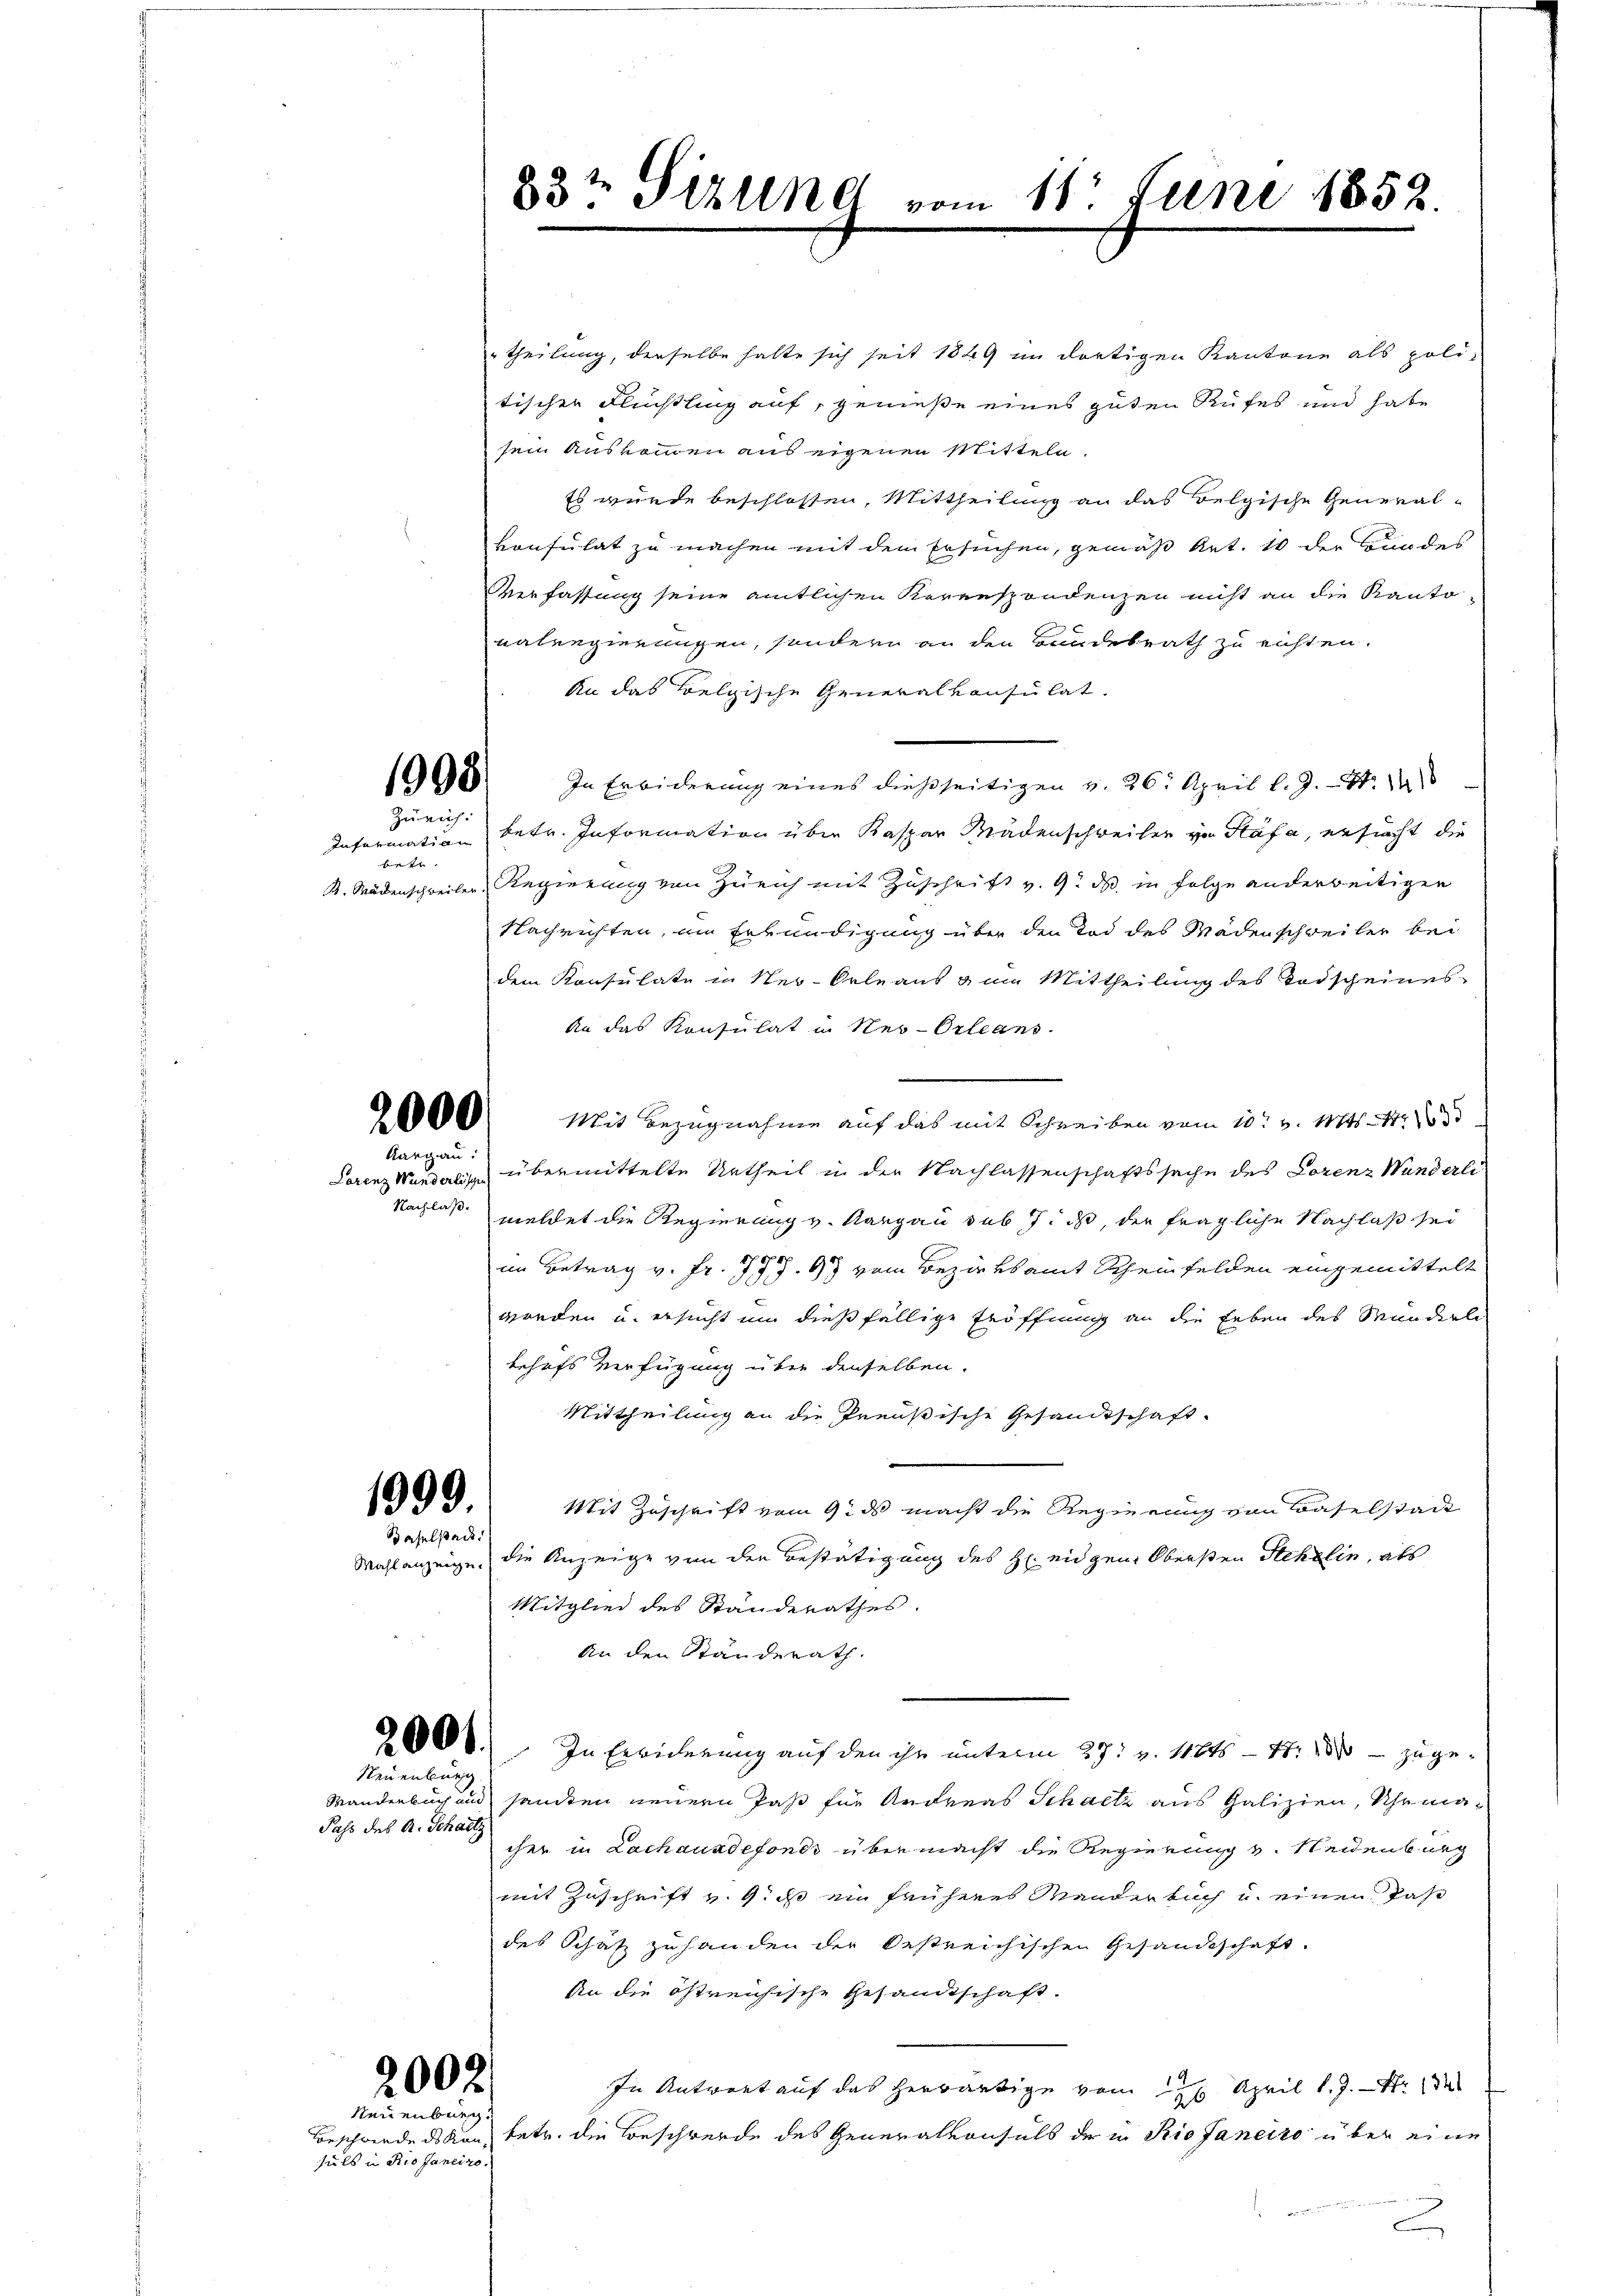
Zürich:

be

Aargau:

Nachlaß.

1999
Baselstadt.

imlung

Pass des A. Schatz

2002.
Neuenburg

hils in Rio Janeiro

83t Sizung vom 11. Juni 1852.

theilung, derselbe halte sich seit 1849 im dortigen Kantone als poli-
tischen Flüchtling auf, genieße eines guten Rufes und habe
sein Auskommen aus eigenen Mitteln.
Es wurde beschlossen, Mittheilung an das Belgische General-
konsulat zu machen mit dem Ersuchen, gemäß Art. 10 der Bundes
Verfassung seine amtlichen Kerrespondenzen nicht an die Kanto-
valregierungen, sondern an den Bundesrath zu richten.
An das Belgische Generalkonsulat
1900) In Erwiderung eines dießseitigen v. 26. April l. J. N. 11
Information betr. Information über Kaspar Mädenschweiler zu Stäfa, ersucht die
R. Wädenschweiler Regierung von Zürich mit Zuschrift v. 9. ds. in Folge anderweitigen
Nachrichten, in Erkundigung über den Tod des Wädenschweiler bei
dem Konsulate in Neu-Orleaus & um Mittheilung des Todscheines
An das Konsulat in Neu-Orleans
26000. Mit Bezugnahme auf das mit Schreiben vom 10t v. Mts. Nr. 189
Lorenz Mandalische übermittelte Urtheil in der Nachlassenschaftssache des Lorenz Wunderli
meldet die Regierung v. Aargau sub 7. ds, der fragliche Nachlaß sei
im Betrag v. Fr. 1797. 67 vom Bezirksamt Scheinfelden eingemittelt
worden u. ersucht um dießfällige Eröffnung an die Erben des Munderli
behufs Verfügung über denselben.
Mittheilung an die Preußische Gesandtschaft.
Mit Zuschrift vom 9. ds macht die Regierung von Baselstade
Wahlanzeige die Anzeige von den Bestätigung des H. eidgen. Obersten Stehelin, als
Mitglied des Standerathes.
An den Ständerath.
2000. In Erwiderung auf den ihr unterm 27. v. 11015 - 47. 1880 zuge¬
Manderbuch und sankten neuern Paß für Andreas Schache aus Galizien, Uhrmacher in Lachausdefonds übermacht die Regierung v. Neidenburg
mit Zuschrift v. Gicht ein früheres Manderbuch u. einen das
des Schatz zuhanden der Oestreichischen Gesandtschaft.
An die östreichische Gesandtschaft.
In Antwort auf das herwärtige vom 17. April l. J. Nr. 18
Beschwerdedskanz betr. die Beschwerde des Generalkonsuls de in Rio Janeiro über eine

2